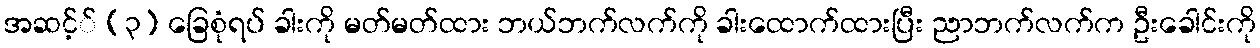
အဆင့်် (၃) ခြေစုံရပ် ခါးကို မတ်မတ်ထား ဘယ်ဘက်လက်ကို ခါးထောက်ထားပြီး ညာဘက်လက်က ဦးခေါင်းကို